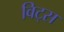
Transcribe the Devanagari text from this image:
विट्स